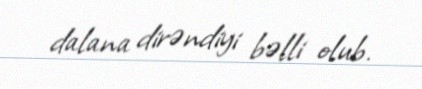
dalana dirəndiyi bəlli olub.